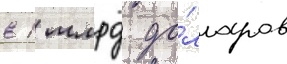
в 1 млрд до́лларов